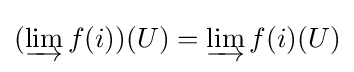
(\varinjlim f(i))(U)=\varinjlim f(i)(U)